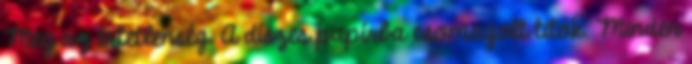
Meg az értetlenség. A díszes papírba csomagolt titok. Minden